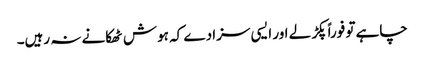
چاہے تو فوراً پکڑ لے اور ایسی سزا دے کہ ہوش ٹھکانے نہ رہیں۔